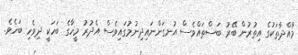
މާއްދާތަކުގެ އިތުރުން ބޭރު ބަސްތައްވެސް އުނގަންނައިދިނުމުގައިވެސް އެދުރު މީހާގެ ބަހަކީ ދިވެހި ބަހެވެ.